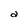
Character: a